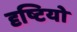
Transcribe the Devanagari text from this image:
दृष्टियो